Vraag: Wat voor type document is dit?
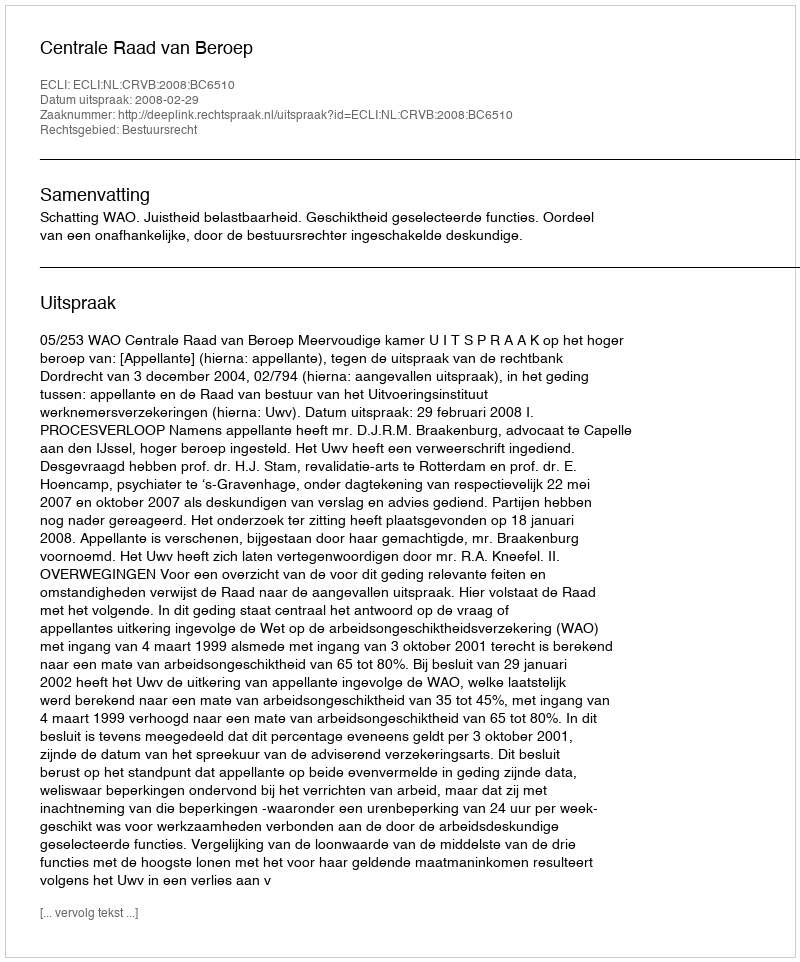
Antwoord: Uitspraak